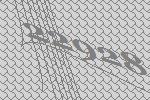
22928